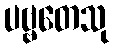
ပဗ္ဗတေသု